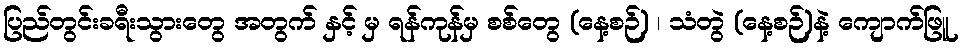
ပြည်တွင်းခရီးသွားတွေ အတွက် နှင့် မှ ရန်ကုန်မှ စစ်တွေ (နေ့စဉ်) ၊ သံတွဲ (နေ့စဉ်)နဲ့ ကျောက်ဖြူ